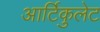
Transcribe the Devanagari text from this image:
आर्टिकुलेट